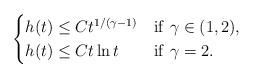
LaTeX: \begin{align*}\begin{cases}h(t)\leq Ct^{1/({\gamma}-1)}&{\rm if}\ {\gamma}\in (1,2),\\h(t)\leq Ct\ln t&{\rm if}\ {\gamma}=2.\end{cases}\end{align*}